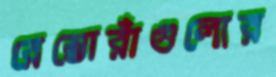
রেস্তোরাঁগুলোর